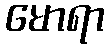
မောရာ